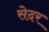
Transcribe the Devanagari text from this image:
सेदर